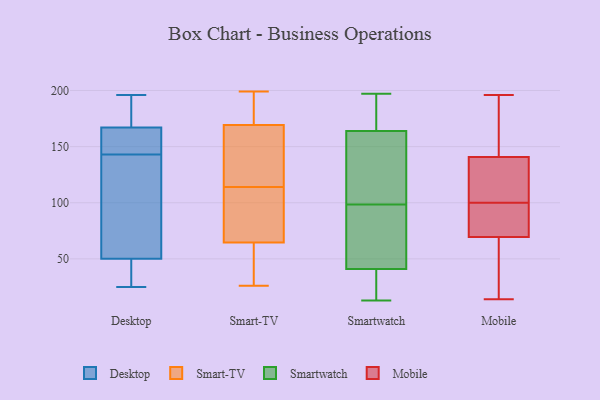
{"axis": {"x": "Conversion Rate (%)", "y": "Value"}, "legend": ["Desktop", "Mobile", "Smart-TV", "Smartwatch"], "data": [{"x": "", "y": 47, "type": "Desktop"}, {"x": "", "y": 145, "type": "Desktop"}, {"x": "", "y": 196, "type": "Desktop"}, {"x": "", "y": 173, "type": "Desktop"}, {"x": "", "y": 33, "type": "Desktop"}, {"x": "", "y": 57, "type": "Desktop"}, {"x": "", "y": 51, "type": "Desktop"}, {"x": "", "y": 115, "type": "Desktop"}, {"x": "", "y": 179, "type": "Desktop"}, {"x": "", "y": 158, "type": "Desktop"}, {"x": "", "y": 156, "type": "Desktop"}, {"x": "", "y": 143, "type": "Desktop"}, {"x": "", "y": 25, "type": "Desktop"}, {"x": "", "y": 32, "type": "Desktop"}, {"x": "", "y": 165, "type": "Desktop"}, {"x": "", "y": 138, "type": "Desktop"}, {"x": "", "y": 192, "type": "Desktop"}, {"x": "", "y": 26, "type": "Smart-TV"}, {"x": "", "y": 54, "type": "Smart-TV"}, {"x": "", "y": 117, "type": "Smart-TV"}, {"x": "", "y": 57, "type": "Smart-TV"}, {"x": "", "y": 114, "type": "Smart-TV"}, {"x": "", "y": 182, "type": "Smart-TV"}, {"x": "", "y": 158, "type": "Smart-TV"}, {"x": "", "y": 173, "type": "Smart-TV"}, {"x": "", "y": 87, "type": "Smart-TV"}, {"x": "", "y": 199, "type": "Smart-TV"}, {"x": "", "y": 88, "type": "Smart-TV"}, {"x": "", "y": 197, "type": "Smartwatch"}, {"x": "", "y": 158, "type": "Smartwatch"}, {"x": "", "y": 196, "type": "Smartwatch"}, {"x": "", "y": 123, "type": "Smartwatch"}, {"x": "", "y": 16, "type": "Smartwatch"}, {"x": "", "y": 27, "type": "Smartwatch"}, {"x": "", "y": 179, "type": "Smartwatch"}, {"x": "", "y": 61, "type": "Smartwatch"}, {"x": "", "y": 164, "type": "Smartwatch"}, {"x": "", "y": 41, "type": "Smartwatch"}, {"x": "", "y": 47, "type": "Smartwatch"}, {"x": "", "y": 160, "type": "Smartwatch"}, {"x": "", "y": 74, "type": "Smartwatch"}, {"x": "", "y": 13, "type": "Smartwatch"}, {"x": "", "y": 196, "type": "Mobile"}, {"x": "", "y": 160, "type": "Mobile"}, {"x": "", "y": 137, "type": "Mobile"}, {"x": "", "y": 109, "type": "Mobile"}, {"x": "", "y": 49, "type": "Mobile"}, {"x": "", "y": 67, "type": "Mobile"}, {"x": "", "y": 142, "type": "Mobile"}, {"x": "", "y": 84, "type": "Mobile"}, {"x": "", "y": 100, "type": "Mobile"}, {"x": "", "y": 29, "type": "Mobile"}, {"x": "", "y": 83, "type": "Mobile"}, {"x": "", "y": 14, "type": "Mobile"}, {"x": "", "y": 154, "type": "Mobile"}, {"x": "", "y": 77, "type": "Mobile"}, {"x": "", "y": 123, "type": "Mobile"}]}